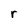
Character: r